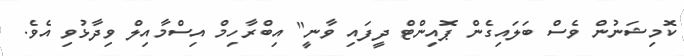
ކޮމިޝަނުން ވެސް ބަލައިގެން ޕޮއިންޓް ދީފައި ވާނީ" އިބްރާހިމް އިސްމާއިލް ވިދާޅުވި އެވެ.